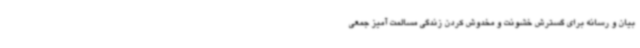
بیان و رسانه برای گسترش خشونت و مخدوش کردن زندگی مسالمت آمیز جمعی